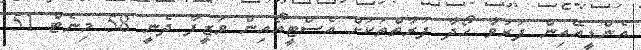
އެންޑީއޭއިން ފަރުވާ ހޯދާ ފަރާތްތަކަށް އެސްޓީއޯއިން ވަޒީފާ ދެނީ 58 މިނެޓް 51